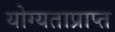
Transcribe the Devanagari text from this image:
योग्यताप्राप्त